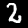
Digit: 2